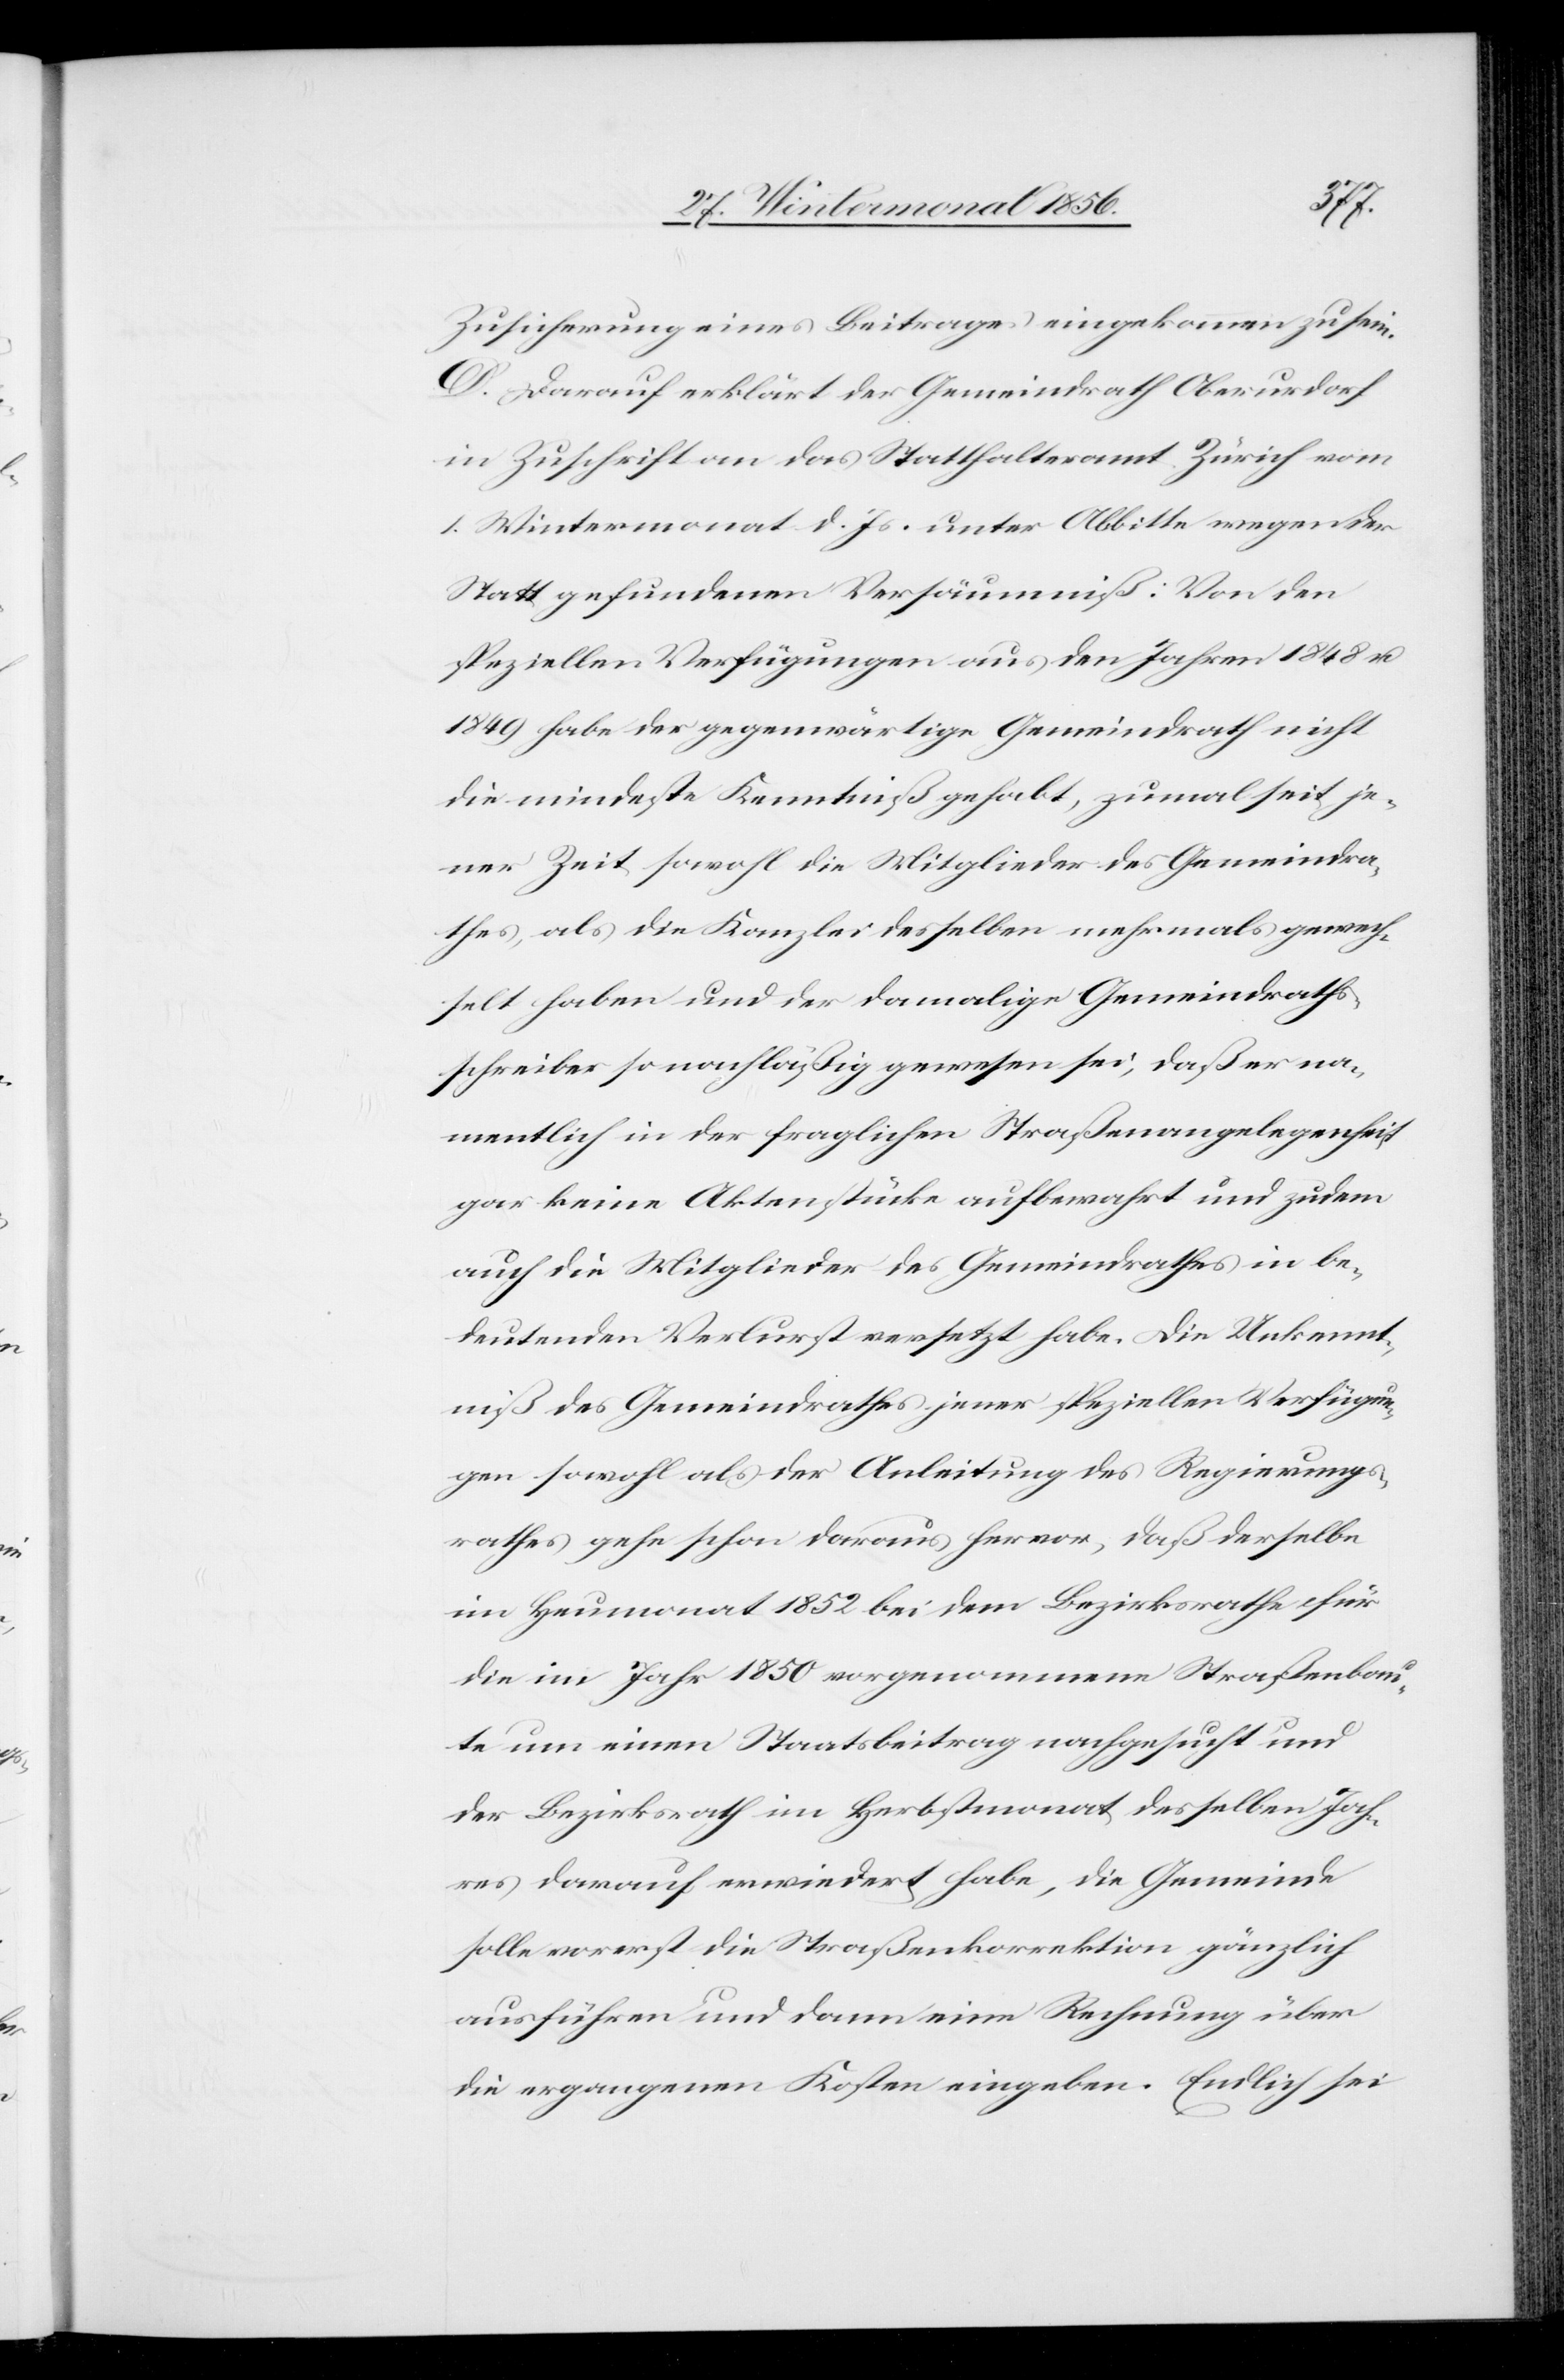
Zusicherung eines Beitrages eingekommen zu sein.
D. Darauf erklärt der Gemeindrath Oberurdorf
in Zuschrift an das Statthalteramt Zürich vom
1. Wintermonat d. Js. unter Abbitte wegen der
Statt gefundenen Versäumniß: Von den
speziellen Verfügungen aus den Jahren 1848 u.
1849 habe der gegenwärtige Gemeindrath nicht
die mindeste Kenntniß gehabt, zumal seit je¬
ner Zeit sowohl die Mitglieder des Gemeindra¬
thes, als die Kanzlei desselben mehrmals gewech¬
selt haben und der damalige Gemeindraths¬
schreiber so nachläßig gewesen sei, daß er na¬
mentlich in der fraglichen Straßenangelegenheit
gar keine Aktenstücke aufbewahrt und zudem
auch die Mitglieder des Gemeindrathes in be¬
deutenden Verlust versetzt habe. Die Unkennt¬
niß des Gemeindrathes jener speziellen Verfügun¬
gen sowohl als der Anleitung des Regierungs¬
rathes gehe schon daraus hervor, daß derselbe
im Heumonat 1852 bei dem Bezirksrathe für
die im Jahr 1850 vorgenommene Straßenbau¬
te um einen Staatsbeitrag nachgesucht und
der Bezirksrath im Herbstmonat desselben Jah¬
res darauf erwiedert habe, die Gemeinde
solle vorerst die Straßenkorrektion gänzlich
ausführen und dann eine Rechnung über
die ergangenen Kosten eingeben. Endlich sei